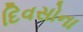
દિવસોના